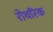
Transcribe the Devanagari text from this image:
रोथरिक